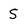
Character: S